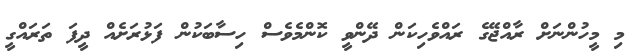
މި މީހުންނަށް ރާއްޖޭގެ ރައްވެހިކަން ދޭންވީ ކޮންމެވެސް ހިސާބަކުން ފަޅުރަށެއް ދީފަ ތަރައްގީ